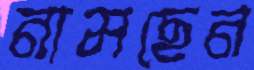
নামছেন